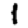
Digit: 1